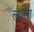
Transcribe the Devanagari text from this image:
ल्गता